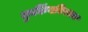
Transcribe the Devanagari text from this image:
कुकिंगविषयक